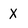
Character: x